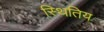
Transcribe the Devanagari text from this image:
स्थितिय